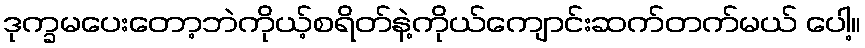
ဒုက္ခမပေးတော့ဘဲကိုယ့်စရိတ်နဲ့ကိုယ်ကျောင်းဆက်တက်မယ် ပေါ့။